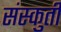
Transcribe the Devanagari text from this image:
संस्कुती